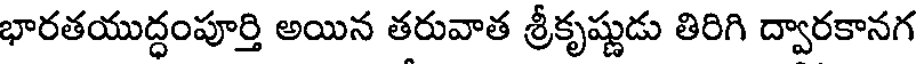
భారతయుద్ధంపూర్తి అయిన తరువాత శ్రీకృష్ణుడు తిరిగి ద్వారకానగ